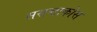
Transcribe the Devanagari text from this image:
सरान्टाकोस